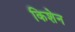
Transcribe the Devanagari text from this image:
किशेन